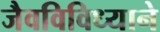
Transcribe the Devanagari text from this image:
जैवविविध्याने